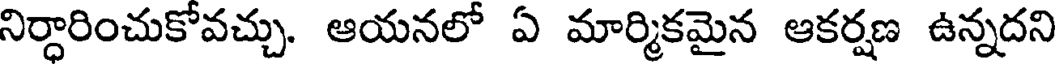
నిర్ధారించుకోవచ్చు. ఆయనలో ఏ మార్మికమైన ఆకర్షణ ఉన్నదని